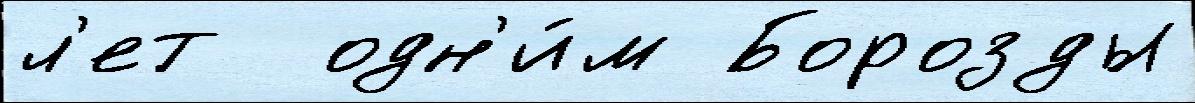
л'ет  одн'и́м Борозды